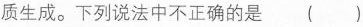
质生成。下列说法中不正确的是 ()